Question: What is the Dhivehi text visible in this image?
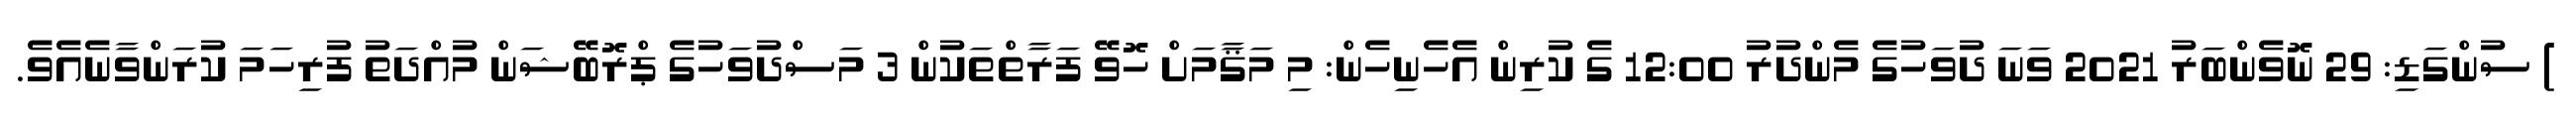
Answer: ) ސުންގަޑި: 29 ނޮވެންބަރު 2021 ވަނަ ދުވަހުގެ މެންދުރު 12:00 ގެ ކުރިން އެހެނިހެން: މި މަޤާމަށް ހޮވޭ ފަރާތްތަކުން 3 މަސްދުވަހުގެ ޕްރޮބޭޝަން މުއްދަތު ފުރިހަމަ ކުރަންވާނެއެވެ.